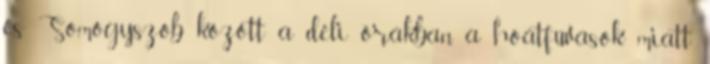
és Somogyszob között a déli órákban a hóátfúvások miatt